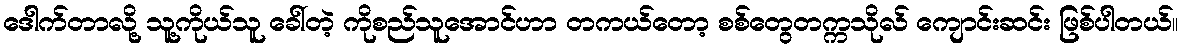
ဒေါက်တာလို့ သူ့ကိုယ်သူ ခေါ်တဲ့ ကိုစည်သူအောင်ဟာ တကယ်တော့ စစ်တွေတက္ကသိုလ် ကျောင်းဆင်း ဖြစ်ပါတယ်။